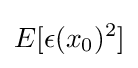
E[\epsilon (x_{0})^{2}]